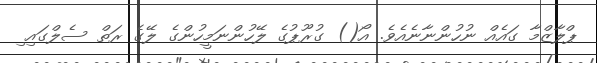
ޕްލާޒްމާ ގައެއް ނުހުންނާނެއެވެ. އޯ() ގުރޫޕުގެ ލޭހުންނަމީހުންގެ ލޭގެ ރަތް ސެލްގައި ި